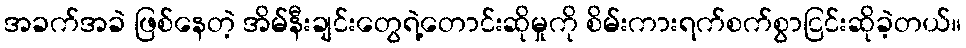
အခက်အခဲ ဖြစ်နေတဲ့ အိမ်နီးချင်းတွေရဲ့တောင်းဆိုမှုကို စိမ်းကားရက်စက်စွာငြင်းဆိုခဲ့တယ်။